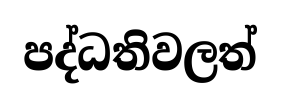
පද්ධතිවලත්